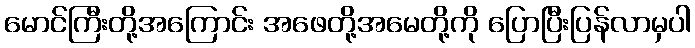
မောင်ကြီးတို့အကြောင်း အဖေတို့အမေတို့ကို ပြောပြီးပြန်လာမှပါ